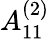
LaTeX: {A}_{11}^{(2)}